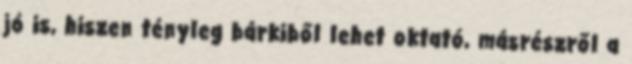
jó is, hiszen tényleg bárkiből lehet oktató, másrészről a